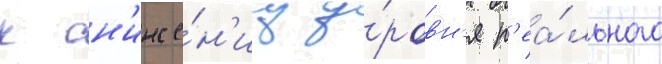
к сн'иже́н'иу у́ровн'я р'еа́льного